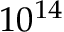
1 { 0 } ^ { 1 4 }